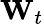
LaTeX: \mathbf{W}_{t}